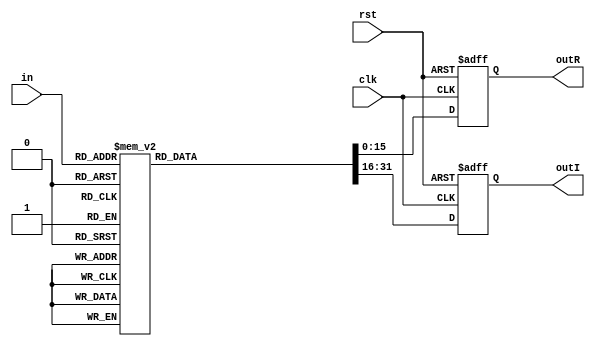
module QAM_16 #(
   parameter inPortWidth  = 4,
   parameter outPortWidth = 16
) (
    // Inputs
    input  wire [inPortWidth-1:0]    in,
    input  wire                      clk,
    input  wire                      rst,

    // Outputs
    output reg [outPortWidth-1:0]    outR,
    output reg [outPortWidth-1:0]    outI 
);

    // Real outputs
    always @(posedge clk or negedge rst) 
        begin
          if(!rst)
              begin
                outR <= 16'b00000_00000000000;     //0
                outI <= 16'b00000_00000000000;     //0
              end
          else
              begin
                  case(in)
                  // For input (0) 0000, output is -3 + j3
                    4'b0000 : begin
                              outR <= 16'b11101_00000000000;     //-3.0
                              outI <= 16'b00011_00000000000;     //3.0
                              end

                  // For input (1) 0001, output is -3 + j1
                    4'b0001 : begin
                              outR <= 16'b11101_00000000000;     //-3.0
                              outI <= 16'b00001_00000000000;     //1.0
                              end

                  // For input (2) 0010, output is -3 - j3
                    4'b0010 : begin
                              outR <= 16'b11101_00000000000;     //-3.0
                              outI <= 16'b11101_00000000000;     //-3.0
                              end

                  // For input (3) 0011, output is -3 - j1
                    4'b0011 : begin
                              outR <= 16'b11101_00000000000;     //-3.0
                              outI <= 16'b11111_00000000000;     //-1.0
                              end

                  // For input (4) 0100, output is -1 + j3
                    4'b0100 : begin
                              outR <= 16'b11111_00000000000;     //-1.0
                              outI <= 16'b00011_00000000000;     //3.0
                              end

                  // For input (5) 0101, output is -1 + j1
                    4'b0101 : begin
                              outR <= 16'b11111_00000000000;     //-1.0
                              outI <= 16'b00001_00000000000;     //1.0
                              end
                  // For input (6) 0110, output is -1 - j3
                    4'b0110 : begin
                              outR <= 16'b11111_00000000000;     //-1.0
                              outI <= 16'b11101_00000000000;     //-3.0
                              end

                  // For input (7) 0111, output is -1 + j1
                    4'b0111 : begin
                              outR <= 16'b11111_00000000000;     //-1.0
                              outI <= 16'b11111_00000000000;     //-1.0
                              end

                  // For input (8) 1000, output is 3 + j3
                    4'b1000 : begin
                              outR <= 16'b00011_00000000000;     //3.0
                              outI <= 16'b00011_00000000000;     //3.0
                              end

                  // For input (9) 0001, output is 3 + j1
                    4'b1001 : begin
                              outR <= 16'b00011_00000000000;     //3.0
                              outI <= 16'b00001_00000000000;     //1.0
                              end

                  // For input (10) 1010, output is 3 - j3
                    4'b1010 : begin
                              outR <= 16'b00011_00000000000;     //3.0
                              outI <= 16'b11101_00000000000;     //-3.0
                              end

                  // For input (11) 1011, output is -3 - j1
                    4'b1011 : begin
                              outR <= 16'b00011_00000000000;     //3.0
                              outI <= 16'b11111_00000000000;     //-1.0
                              end

                  // For input (12) 1100, output is 1 + j3
                    4'b1100 : begin
                              outR <= 16'b00001_00000000000;     //1.0
                              outI <= 16'b00011_00000000000;     //3.0
                              end

                  // For input (13) 1101, output is 1 + j1
                    4'b1101 : begin
                              outR <= 16'b00001_00000000000;     //1.0
                              outI <= 16'b00001_00000000000;     //1.0
                              end
                  // For input (14) 1110, output is 1 - j3
                    4'b1110 : begin
                              outR <= 16'b00001_00000000000;     //1.0
                              outI <= 16'b11101_00000000000;     //-3.0
                              end

                  // For input (15) 1111, output is 1 - j1
                    4'b1111 : begin
                              outR <= 16'b00001_00000000000;     //1.0
                              outI <= 16'b11111_00000000000;     //-1.0
                              end

                     default : begin
                              outR <= 16'b00000_00000000000;     //0.0
                              outI <= 16'b00000_00000000000;     //0.0
                               end
                  endcase
              end
        end




   
endmodule